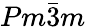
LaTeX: Pm\bar{3}m